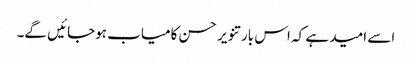
اسے امید ہے کہ اس بار تنویر حسن کامیاب ہوجائیں گے۔